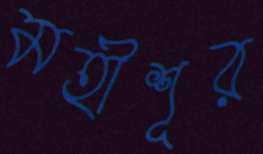
মহীশূর